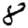
Digit: 8